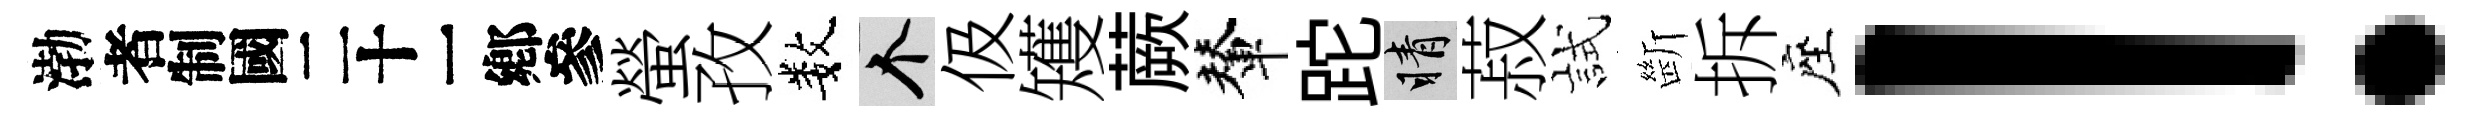
渤识螢孜数个伋矱蕨輦跎睛菽試㫁拆座！